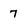
Character: 7